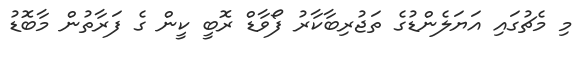
މި މެޗުގައި އަޔަލެންޑުގެ ތަޖުރިބާކާރު ފޯވާޑް ރޮބީ ކީން ގެ ފަރާތުން މާބޮޑު